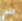
التي